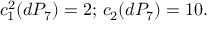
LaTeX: c _ { 1 } ^ { 2 } ( d P _ { 7 } ) = 2 ; \, c _ { 2 } ( d P _ { 7 } ) = 1 0 .